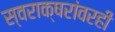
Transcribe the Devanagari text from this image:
स्वराक्षरांवरही